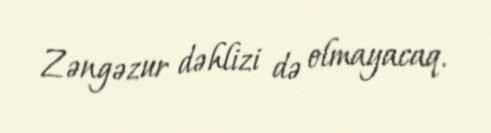
Zəngəzur dəhlizi də olmayacaq.